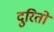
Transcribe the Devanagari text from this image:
दुरितों